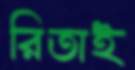
রিতাই